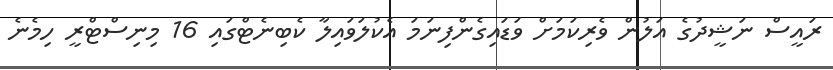
ރައީސް ނަޝީދުގެ އަލުން ވެރިކަމަށް ވަޑައިގެންފިނަމަ އެކުލަވައިލާ ކެބިނެޓްގައި 16 މިނިސްޓްރީ ހިމެނެ